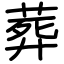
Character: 葬